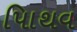
પાિથવ